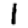
Digit: 1